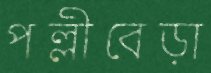
পল্লীবেড়া